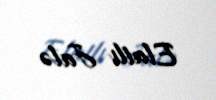
Elatlı Jalə